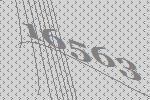
16563